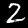
Digit: 2